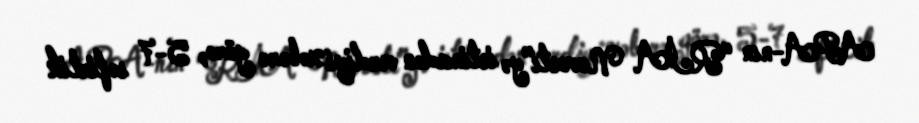
APA-nın “RİA Novosti”yə istinadən verdiyi xəbərə görə, 5-7 səfirlik